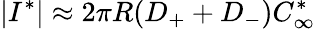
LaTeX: |I^{*}|\approx 2\pi R(D_{+}+D_{-})C_{\infty}^{*}